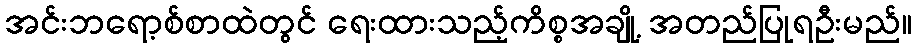
အင်းဘရော့စ်စာထဲတွင် ရေးထားသည့်ကိစ္စအချို့ အတည်ပြုရဦးမည်။